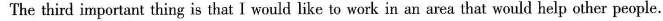
The third important thing is that I would like to work in an area that would help other people.